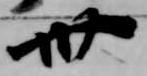
卅